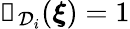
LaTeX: \mathbb{1}_{\mathcal{D}_{i}}({\boldsymbol{\xi}})=1